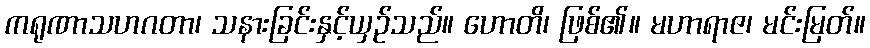
ကရုဏာသဟဂတာ၊ သနားခြင်းနှင့်ယှဉ်သည်။ ဟောတိ၊ ဖြစ်၏။ မဟာရာဇ၊ မင်းမြတ်။